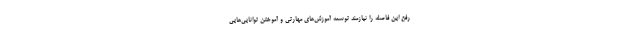
رفع این فاصله را نیازمند توسعه آموزش‌های مهارتی و آموختن توانایی‌هایی